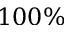
1 0 0 \%